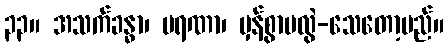
၃၃။ အသက်ခန္ဓာ၊ မရဏာ၊ မှန်စွာမလွဲ-သေတော့မည်။